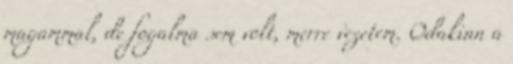
magammal, de fogalma sem volt, merre vezetem. Odakinn a